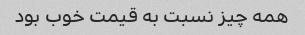
همه چیز نسبت به قیمت خوب بود